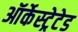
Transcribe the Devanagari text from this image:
ऑर्केस्ट्रेटेड